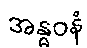
အန္ဓဝနံ